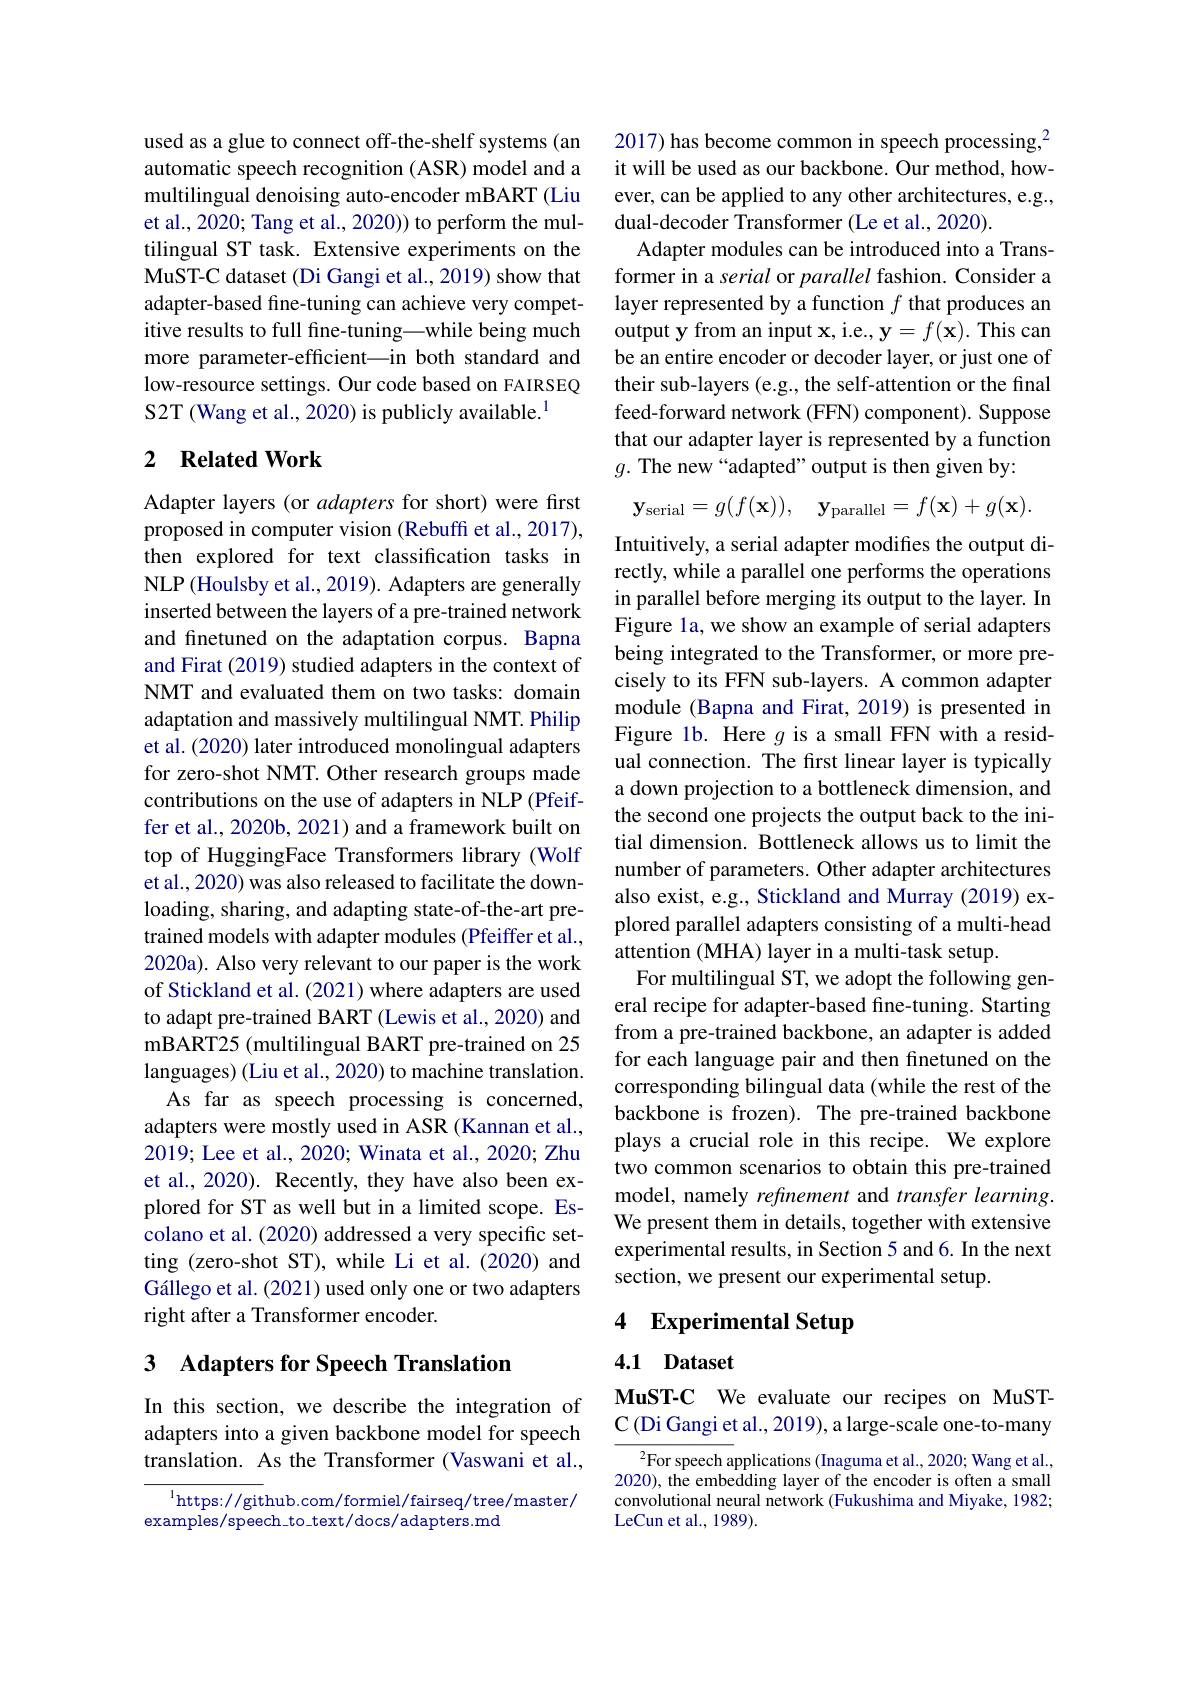
used as a glue to connect off-the-shelf systems (an automatic speech recognition (ASR) model and a multilingual denoising auto-encoder mBART (Liu et al., 2020; Tang et al., 2020)) to perform the multilingual ST task. Extensive experiments on the MuST-C dataset (Di Gangi et al., 2019) show that adapter-based fine-tuning can achieve very competitive results to full fine-tuning—while being much more parameter-efficient—in both standard and low-resource settings. Our code based on FAIRSEQ S2T (Wang et al., 2020) is publicly available.$^{1}$

## 2 $\textbf{Related Work}$

Adapter layers (or adapters for short) were first proposed in computer vision (Rebuff et al., 2017), then explored for text classification tasks in NLP (Houlsby et al., 2019). Adapters are generally inserted between the layers of a pre-trained network and finetuned on the adaptation corpus. Bapna and Firat (2019) studied adapters in the context of NMT and evaluated them on two tasks: domain adaptation and massively multilingual NMT. Philip et al. (2020) later introduced monolingual adapters for zero-shot NMT. Other research groups made contributions on the use of adapters in NLP (Pfeiffer et al., 2020b, 2021) and a framework built on top of HuggingFace Transformers library (Wolf et al., 2020) was also released to facilitate the downloading, sharing, and adapting state-of-the-art pretrained models with adapter modules (Pfeiffer et al., 2020a). Also very relevant to our paper is the work of Stickland et al. (2021) where adapters are used to adapt pre-trained BART (Lewis et al., 2020) and mBART25 (multilingual BART pre-trained on 25 languages) (Liu et al., 2020) to machine translation.
As far as speech processing is concerned, adapters were mostly used in ASR (Kannan et al., 2019; Lee et al., 2020; Winata et al., 2020; Zhu et al., 2020). Recently, they have also been explored for ST as well but in a limited scope. Escolano et al. (2020) addressed a very specific setting (zero-shot ST), while Li et al.(2020) and Gállego et al. (2021) used only one or two adapters right after a Transformer encoder.

## 3 Adapters for Speech Translation

In this section, we describe the integration of adapters into a given backbone model for speech translation. As the Transformer (Vaswani et al.,

$^{\mathrm{l}}$https://github.com/formiel/fairseq/tree/master/
examples/speech_to_text/docs/adapters.md

2017) has become common in speech processing,$^{2}$ it will be used as our backbone. Our method, however, can be applied to any other architectures, e.g., dual-decoder Transformer (Le et al., 2020)
Adapter modules can be introduced into a Transformer in a serial or parallel fashion. Consider a layer represented by a function $f$ that produces an output y from an input x, i.e., $\mathbf{y}=f(\mathbf{x}).$ This can be an entire encoder or decoder layer, or just one of their sub-layers (e.g., the self-attention or the final feed-forward network (FFN) component). Suppose that our adapter layer is represented by a function $g.$ The new “adapted”output is then given by
$$\mathbf{y}_{\mathrm{serial}}=g(f(\mathbf{x})),\quad\mathbf{y}_{\mathrm{parallel}}=f(\mathbf{x})+g(\mathbf{x}).$$
Intuitively, a serial adapter modifies the output directly, while a parallel one performs the operations in parallel before merging its output to the layer. In Figure la, we show an example of serial adapters being integrated to the Transformer, or more precisely to its FFN sub-layers. A common adapter module (Bapna and Firat, 2019) is presented in Figure 1b. Here $g$ is a small FFN with a residual connection. The first linear layer is typically a down projection to a bottleneck dimension, and the second one projects the output back to the initial dimension. Bottleneck allows us to limit the number of parameters. Other adapter architectures also exist, e.g., Stickland and Murray (2019) explored parallel adapters consisting of a multi-head attention (MHA) layer in a multi-task setup.
For multilingual ST, we adopt the following general recipe for adapter-based fine-tuning. Starting from a pre-trained backbone, an adapter is added for each language pair and then finetuned on the corresponding bilingual data (while the rest of the backbone is frozen). The pre-trained backbone plays a crucial role in this recipe. We explore two common scenarios to obtain this pre-trained model, namely refinement and transfer learning. We present them in details, together with extensive experimental results, in Section 5 and 6. In the next section, we present our experimental setup.

### 4 $\textbf{Experimental Setup}$

## 4.1 Dataset

MuST-C We evaluate our recipes on MuSTC (Di Gangi et al., 2019), a large-scale one-to-many

$^{2}$For speech applications (Inaguma et al., 2020; Wang et al., 2020), the embedding layer of the encoder is often a small convolutional neural network (Fukushima and Miyake, 1982; LeCun et al., 1989).